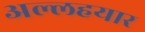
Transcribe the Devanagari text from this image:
अल्लहयार